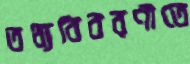
তথ্যবিবরণীতে